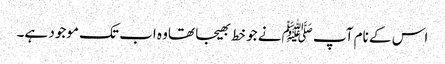
اس کے نام آپ ﷺنے جو خط بھیجا تھاوہ اب تک موجود ہے۔